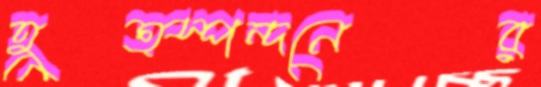
হূত্স্পন্দনের